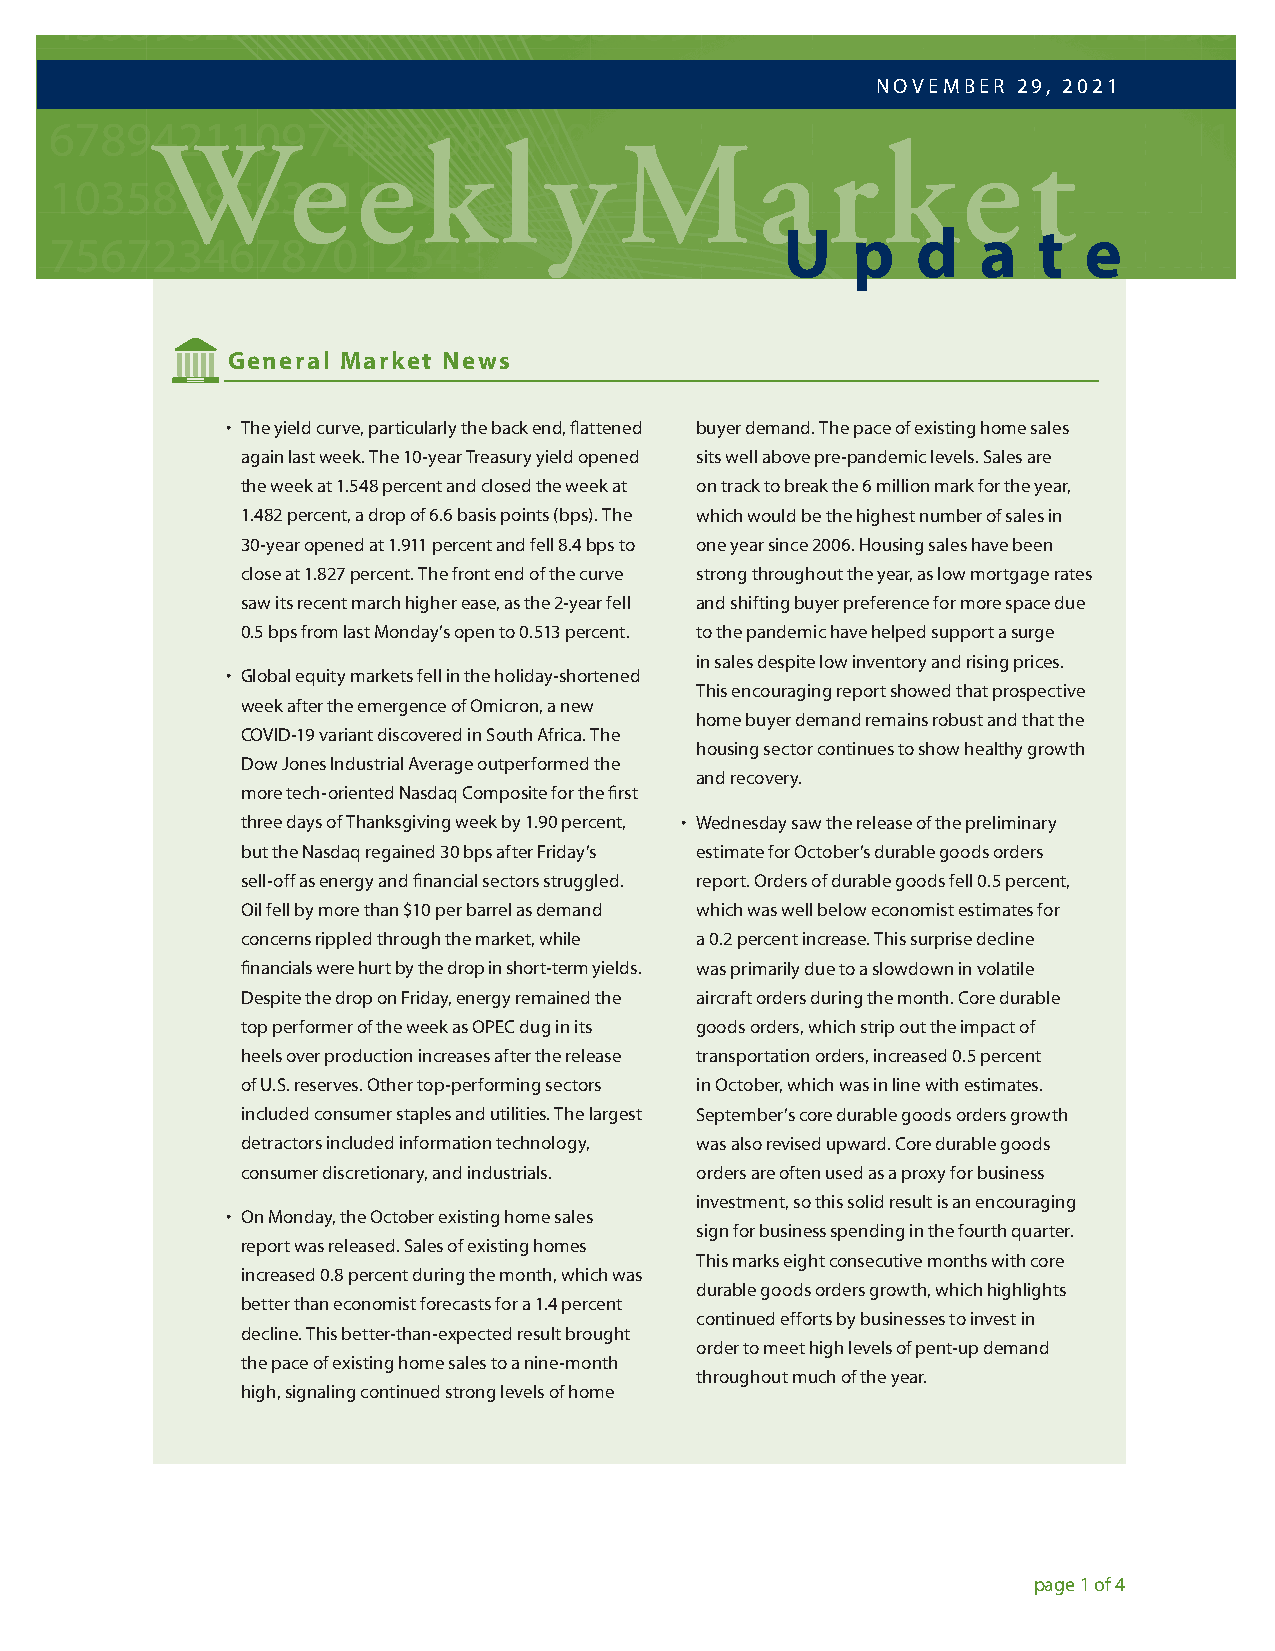
NOVEMBER 29, 2021
 We            e   k    l  y    Ma            r   k    e   t
 U   p    d   a   t  e
 General Market News
 • The yield curve, particularly the back end, flattened buyer demand. The pace of existing home sales
 again last week. The 10-year Treasury yield opened sits well above pre-pandemic levels. Sales are
 the week at 1.548 percent and closed the week at on track to break the 6 million mark for the year,
 1.482 percent, a drop of 6.6 basis points (bps). The which would be the highest number of sales in
 30-year opened at 1.911 percent and fell 8.4 bps to one year since 2006. Housing sales have been
 close at 1.827 percent. The front end of the curve strong throughout the year, as low mortgage rates
 saw its recent march higher ease, as the 2-year fell and shifting buyer preference for more space due
 0.5 bps from last Monday’s open to 0.513 percent. to the pandemic have helped support a surge
 in sales despite low inventory and rising prices.
 • Global equity markets fell in the holiday-shortened
 This encouraging report showed that prospective
 week after the emergence of Omicron, a new
 home buyer demand remains robust and that the
 COVID-19 variant discovered in South Africa. The
 housing sector continues to show healthy growth
 Dow Jones Industrial Average outperformed the
 and recovery.
 more tech-oriented Nasdaq Composite for the first
 three days of Thanksgiving week by 1.90 percent, • Wednesday saw the release of the preliminary
 but the Nasdaq regained 30 bps after Friday’s estimate for October’s durable goods orders
 sell-off as energy and financial sectors struggled. report. Orders of durable goods fell 0.5 percent,
 Oil fell by more than $10 per barrel as demand which was well below economist estimates for
 concerns rippled through the market, while a 0.2 percent increase. This surprise decline
 financials were hurt by the drop in short-term yields. was primarily due to a slowdown in volatile
 Despite the drop on Friday, energy remained the aircraft orders during the month. Core durable
 top performer of the week as OPEC dug in its goods orders, which strip out the impact of
 heels over production increases after the release transportation orders, increased 0.5 percent
 of U.S. reserves. Other top-performing sectors in October, which was in line with estimates.
 included consumer staples and utilities. The largest September’s core durable goods orders growth
 detractors included information technology, was also revised upward. Core durable goods
 consumer discretionary, and industrials. orders are often used as a proxy for business
 investment, so this solid result is an encouraging
 • On Monday, the October existing home sales
 sign for business spending in the fourth quarter.
 report was released. Sales of existing homes
 This marks eight consecutive months with core
 increased 0.8 percent during the month, which was
 durable goods orders growth, which highlights
 better than economist forecasts for a 1.4 percent
 continued efforts by businesses to invest in
 decline. This better-than-expected result brought
 order to meet high levels of pent-up demand
 the pace of existing home sales to a nine-month
 throughout much of the year.
 high, signaling continued strong levels of home
 page 1 of 4